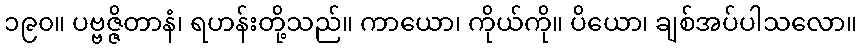
၁၉၀။ ပဗ္ဗဇ္ဇိတာနံ၊ ရဟန်းတို့သည်။ ကာယော၊ ကိုယ်ကို။ ပိယော၊ ချစ်အပ်ပါသလော။